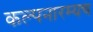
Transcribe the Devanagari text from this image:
कल्पनारम्यच